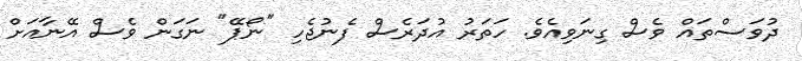
ދުވަސްތައް ވެސް ގިނަވިއެވެ. ހަތަރު އުދަރެސް ފެނުޖެހި "ނޯޕޭ" ނަގަން ވެސް އޭނާއަށް